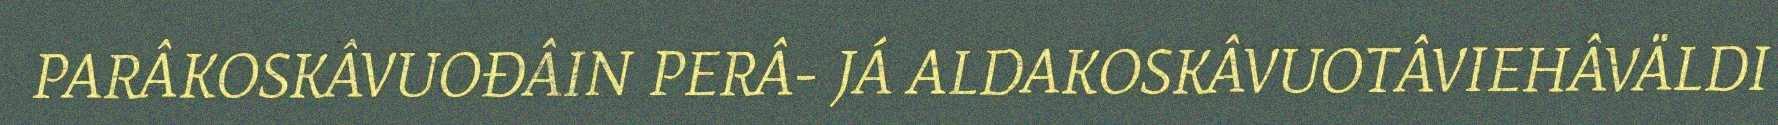
PARÂKOSKÂVUOĐÂIN PERÂ- JÁ ALDAKOSKÂVUOTÂVIEHÂVÄLDI